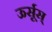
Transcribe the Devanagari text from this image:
ऊर्सूस्